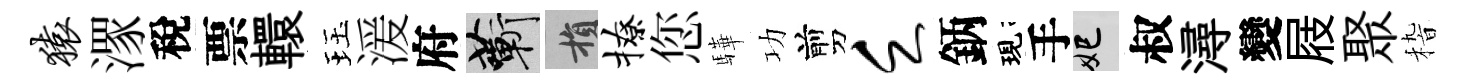
猿潈稅票轘珏湲府蔪損撩您驊功剪乏鈵現手妃叔潯變屐聚𥟵